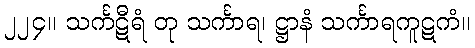
၂၂၄။ သင်္ကဋီရံ တု သင်္ကာရ၊ ဋ္ဌာနံ သင်္ကာရကူဋကံ။